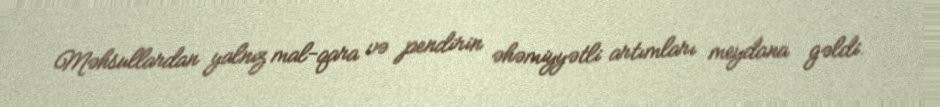
Məhsullardan yalnız mal-qara və pendirin əhəmiyyətli artımları meydana gəldi.